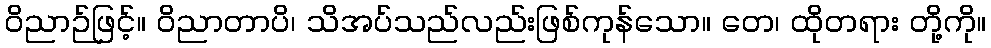
ဝိညာဉ်ဖြင့်။ ဝိညာတာပိ၊ သိအပ်သည်လည်းဖြစ်ကုန်သော။ တေ၊ ထိုတရား တို့ကို။